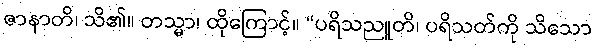
ဇာနာတိ၊ သိ၏။ တသ္မာ၊ ထိုကြောင့်။ “ပရိသညူတိ၊ ပရိသတ်ကို သိသော